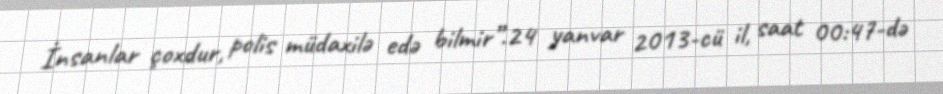
İnsanlar çoxdur, polis müdaxilə edə bilmir”.24 yanvar 2013-cü il, saat 00:47-də